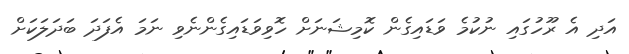
އަދި އެ ރޫހުގައި ނުކުމެ ވަޑައިގެން ކޮމިޝަނަށް ހޮވިވަޑައިގެންނެވި ނަމަ އެފަދަ ބަދަލަކަށް